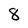
Character: 8